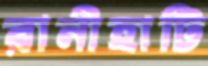
রানীহাটি